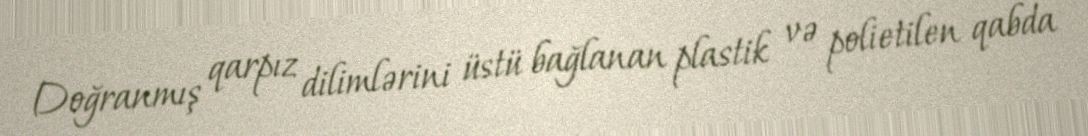
Doğranmış qarpız dilimlərini üstü bağlanan plastik və polietilen qabda